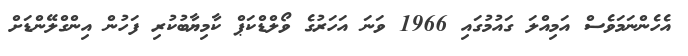
އެހެންނަމަވެސް އަމިއްލަ ގައުމުގައި 1966 ވަނަ އަހަރުގެ ވޯލްޑްކަޕް ކާމިޔާބުކުރި ފަހުން އިންގްލޭންޑަށް